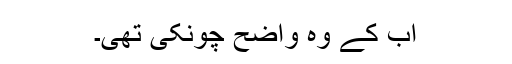
اب کے وہ واضح چونکی تھی۔